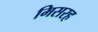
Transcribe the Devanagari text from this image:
मिसरह